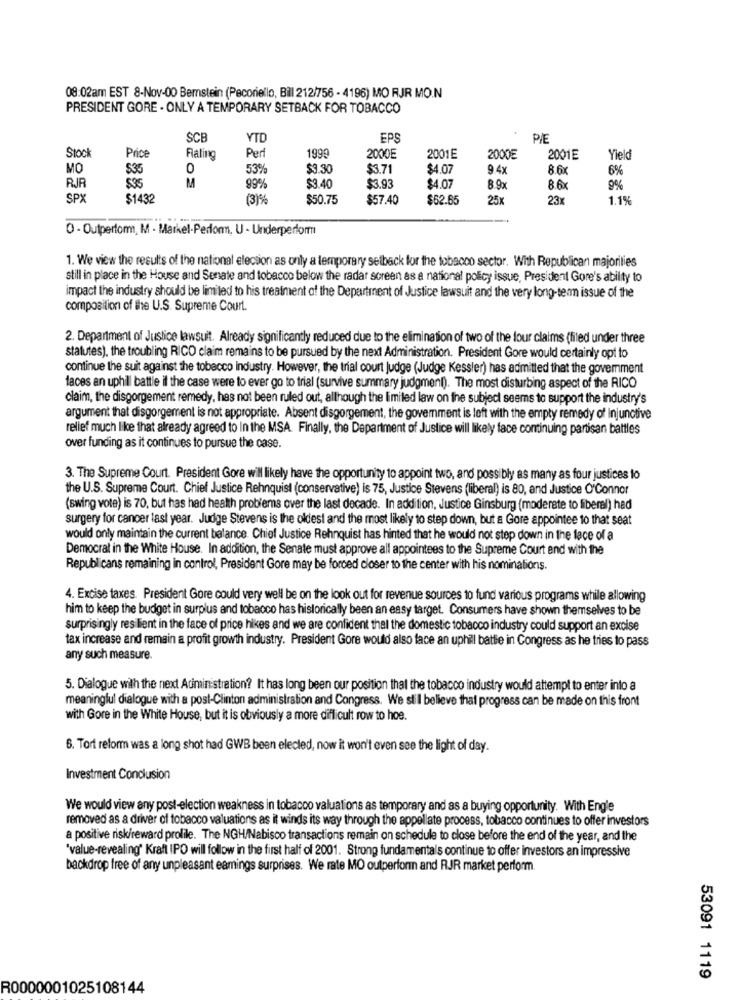
08:02am EST 8-Nov-00 Bemstein (Pecoriello, Bil 212/756 - 4196) MO RJR MO.N
PRESIDENT GORE - ONLY A TEMPORARY SETBACK FOR TOBACCO
SCB
YTD
EPS
P/E
Stock
Price
Rating
Perl
1999
2000E
2001E
2000E
2001E
Yield
MO
$35
0
53%
$3.30
$3.71
$4.07
9 4x
8.6
6%
$95
$3.40
$3.93
RJR
M
99%
$4.07
8.9x
8.6
9%
SPX
$1432
(3)%
$50.75
$57.40
$62.65
25x
23x
1.1%
O - Outperform, M - Markel-Perform, U - Underperform
1. We view the results of the national election as only a temporary setback for the tobacco sector. With Republican majorities
still in place in the House and Senate and tobacco below the radar screen as a national policy issue, President Gore's ability to
impact the industry should be limited to his treatment of the Department of Justice lawsuit and the very long-term issue of the
composition of the U.S. Supreme Court.
2. Department of Justice lawsuit. Already significantly reduced due to the elimination of two of the four claims (filed under three
statutes), the troubling RICO claim remains to be pursued by the next Administration. President Gore would certainly opt to
continue the suit against the tobacco industry. However, the trial court judge (Judge Kessler) has admitted that the government
faces an uphil battle il the case were to ever go to trial (survive summary judgment). The most disturbing aspect of the RICO
claim, the disgorgement remedy, has not been ruled out, although the limited law on the subject seems to support the industry's
argument that disgorgement is not appropriate. Absent disgorgement, the goverment is left with the empty remedy of Injunctive
relief much like that already agreed to In the MSA. Finally, the Department of Justice will likely face continuing partisan battles
over funding as it continues to pursue the case.
3. The Supreme Court. President Gore will likely have the opportunity to appoint two, and possibly as many as four justices to
the U.S. Supreme Court. Chief Justice Rehnquist (conservative) is 75, Justice Stevens (liberal) is 80, and Justice O'Connor
(swing vote) is 70, but has had health problems over the last decade. In addition, Justice Ginsburg (moderate to liberal) had
surgery for cancer last year. Judge Stevens is the oldest and the most likely to step down, but a Gore appointee to that seat
would only maintain the current balance. Chief Justice Rehnquist has hinted that he would not step down in the face of a
Democrat in the White House. In addition, the Senate must approve all appointees to the Supreme Court and with the
Republicans remaining in control, President Gore may be forced closer to the center with his nominations.
4. Excise taxes. President Gore could very well be on the look out for revenue sources to fund various programs while allowing
him to keep the budget in surplus and tobacco has historically been an easy target. Consumers have shown themselves to be
surprisingly resilient in the face of price hikes and we are confident that the domestic tobacco industry could support an excise
tax increase and remain a profit growth industry. President Gore would also face an uphill battie in Congress as he tries to pass
any such measure.
5. Dialogue with the next Adiministration? It has long been our position that the tobacco industry would attempt to enter into a
meaningful dialogue with a post-Clinton administration and Congress. We still believe that progress can be made on this front
with Gore in the White House, but it is obviously a more difficult row to hoe.
6. Tort reform was a long shot had GWB been elected, now it won't even see the light of day.
Investment Conclusion
We would view any post-election weakness in tobacco valuations as temporary and as a buying opportunity. With Engle
removed as a driver of tobacco valuations as it winds its way through the appellate process, tobacco continues to offer investors
a positive risk/reward prolile. The NGH/Nabisco transactions remain on schedule to close before the end of the year, and the
'value-revealing' Kraft IPO will follow in the first half of 2001. Strong fundamentals continue to offer investors an impressive
backdrop free of any unpleasant eamings surprises. We rate MO outperform and RJR market perform
53091 1119
R0000001025108144